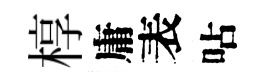
椁庸表呫